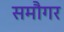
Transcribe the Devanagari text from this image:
समौगर